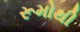
રૂમોથી